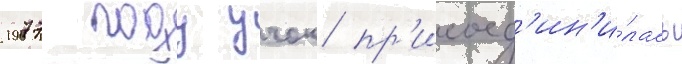
1977 году учок пр'исоед'ин'и́лась